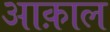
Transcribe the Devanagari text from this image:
आक़ाल